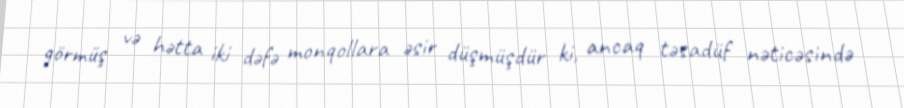
görmüş və hətta iki dəfə monqollara əsir düşmüşdür ki, ancaq təsadüf nəticəsində